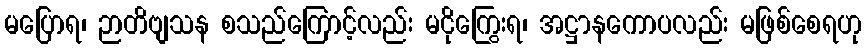
မပြောရ၊ ဉာတိဗျသန စသည်ကြောင့်လည်း မငိုကြွေးရ၊ အဋ္ဌာနကောပလည်း မဖြစ်စေရဟု